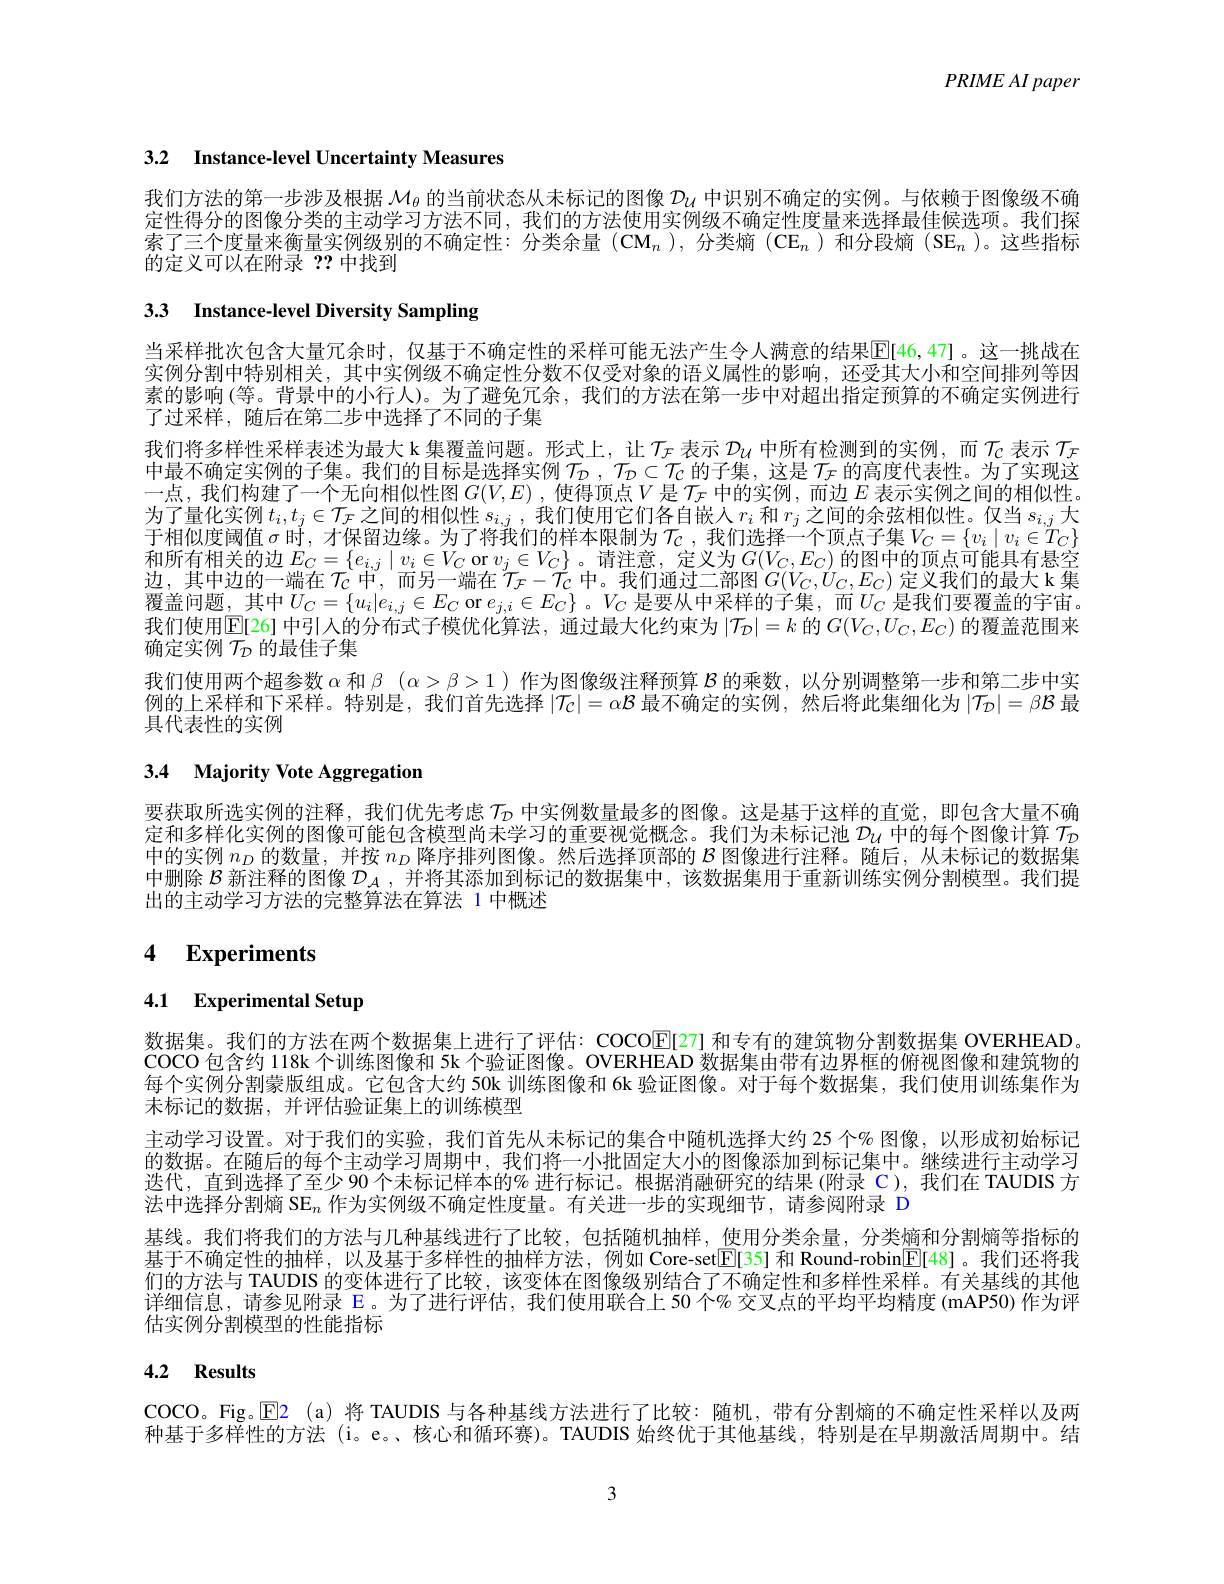
$PRIMEAI$ paper

3.2 Instance-level Uncertainty Measures

我们方法的第一步涉及根据$\mathcal{M}_\mathrm{\theta}$的当前状态从未标记的图像$\mathcal{D}_\mathrm{U}$中识别不确定的实例。与依赖于图像级不确定性得分的图像分类的主动学习方法不同，我们的方法使用实例级不确定性度量来选择最佳候选项。我们探索了三个度量来衡量实例级别的不确定性：分类余量(CM$_n$ ),分类熵 (CE$_n$ )和分段熵 (SE$_n$ )。这些指标的定义可以在附录？?中找到

# 3.3 Instance-level Diversity Sampling

当采样批次包含大量冗余时，仅基于不确定性的采样可能无法产生令人满意的结果$\overline{\mathbb{E}}[46,47]$。这一挑战在实例分割中特别相关，其中实例级不确定性分数不仅受对象的语义属性的影响，还受其大小和空间排列等因素的影响(等。背景中的小行人)。为了避免冗余，我们的方法在第一步中对超出指定预算的不确定实例进行了过采样，随后在第二步中选择了不同的子集
我们将多样性采样表述为最大 k 集覆盖问题。形式上，让$\mathcal{T}_\mathrm{F}$表示$\mathcal{D}_\mathrm{U}$中所有检测到的实例，而$\mathcal{T}_\mathrm{C}$表示$\mathcal{T}_\mathrm{F}$ 中最不确定实例的子集。我们的目标是选择实例$\mathcal{T}_D,\mathcal{T}_D\subset\mathcal{T}_C$的子集，这是$\mathcal{T}_F$的高度代表性。为了实现这一点，我们构建了一个无向相似性图$G(V,E)$ ,使得顶点$V$是$\mathcal{T}_\mathcal{F}$中的实例，而边$E$表示实例之间的相似性。为了量化实例$t_i,t_j\in\mathcal{T}_\mathcal{F}$之间的相似性$s_i,j$ ,我们使用它们各自嵌人$r_i$和$r_j$之间的余弦相似性。仅当$s_i,j$大于相似度阈值$\sigma$时，才保留边缘。为了将我们的样本限制为$\mathcal{T}_C$ ,我们选择一个顶点子集$V_C=\{v_i\mid v_i\in\widetilde{T}_C\}$ 和所有相关的边$E_C=\{e_{i,j}\mid v_i\in V_C$ or $v_j\in V_C\}$。请注意，定义为$G(V_C,E_C)$ 的图中的顶点可能具有悬空边，其中边的一端在$\mathcal{T}_{\mathcal{C}}$中，而另一端在$\mathcal{T}_\mathcal{F}-\mathcal{T}_\mathcal{C}$中。我们通过二部图$G(V_C,U_C,E_C)$定义我们的最大 k 集覆盖问题，其中$U_C=\{u_i|e_{i,j}\in E_C$ or $e_j,i\in E_C\}$ 。$V_C$ 是要从中采样的子集，而$U_C$ 是我们要覆盖的宇宙。我们使用E[26] 中引人的分布式子模优化算法，通过最大化约束为$|\mathcal{T}_D|=k$的$G(V_C,U_C,E_C)$的覆盖范围来确定实例$\mathcal{T}_\mathcal{D}$的最佳子集
我们使用两个超参数$\alpha$和$\beta$ $( \alpha > \beta > 1)$作为图像级注释预算$\mathcal{B}$的乘数，以分别调整第一步和第二步中实例的上采样和下采样。特别是，我们首先选择$|\mathcal{T}_\mathcal{C}|=\alpha\mathcal{B}$最不确定的实例，然后将此集细化为$|\mathcal{T}_\mathcal{D}|=\beta\mathcal{B}$最具代表性的实例

# 3.4 Majority Vote Aggregation

要获取所选实例的注释，我们优先考虑$\mathcal{T}_{\mathcal{D}}$中实例数量最多的图像。这是基于这样的直觉，即包含大量不确定和多样化实例的图像可能包含模型尚未学习的重要视觉概念。我们为未标记池$\mathcal{D}_\mathrm{u}$中的每个图像计算$\mathcal{T}_\mathrm{D}$ 中的实例$n_D$的数量，并按$n_D$降序排列图像。然后选择顶部的$\mathcal{B}$图像进行注释。随后，从未标记的数据集中删除$\mathcal{B}$新注释的图像$\mathcal{D}_A$,并将其添加到标记的数据集中，该数据集用于重新训练实例分割模型。我们提出的主动学习方法的完整算法在算法 1 中概述

# 4 Experiments

# 4.1 Experimental Setup

数据集。我们的方法在两个数据集上进行了评估：COCOE[27] 和专有的建筑物分割数据集 OVERHEAD。COCO 包含约 118k个训练图像和 5k 个验证图像。OVERHEAD 数据集由带有边界框的俯视图像和建筑物的每个实例分割蒙版组成。它包含大约 50k 训练图像和 6k 验证图像。对于每个数据集，我们使用训练集作为未标记的数据，并评估验证集上的训练模型
主动学习设置。对于我们的实验，我们首先从未标记的集合中随机选择大约 25 个% 图像，以形成初始标记的数据。在随后的每个主动学习周期中，我们将一小批固定大小的图像添加到标记集中。继续进行主动学习迭代，直到选择了至少 90个未标记样本的$\%$ 进行标记。根据消融研究的结果(附录 C),我们在 TAUDIS 方法中选择分割熵 SE$_n$作为实例级不确定性度量。有关进一步的实现细节，请参阅附录 D
基线。我们将我们的方法与几种基线进行了比较，包括随机抽样，使用分类余量，分类熵和分割熵等指标的基于不确定性的抽样，以及基于多样性的抽样方法，例如 Core-set$\underline{\mathrm{E}}[35]$和 Round-robin$\underline{\mathrm{E}}[48]$。我们还将我们的方法与 TAUDIS 的变体进行了比较，该变体在图像级别结合了不确定性和多样性采样。有关基线的其他详细信息，请参见附录 E。为了进行评估，我们使用联合上 50 个% 交叉点的平均平均精度 (mAP50) 作为评估实例分割模型的性能指标

## 4.2 Results

COCO。Fig。$\color{red}{\boxed{\mathrm{E}}2}$ (a)将 TAUDIS 与各种基线方法进行了比较：随机，带有分割熵的不确定性采样以及两

种基于多样性的方法 (i。e。、核心和循环赛)。TAUDIS 始终优于其他基线，特别是在早期激活周期中。结

3